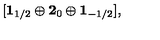
[ { \bf 1 } _ { 1 / 2 } \oplus { \bf 2 } _ { 0 } \oplus { \bf 1 } _ { - 1 / 2 } ] ,